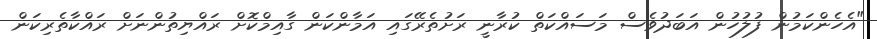
"އެހެންކަމުން ފުލުހުން އަބަދުވެސް މަސައްކަތް ކުރާނީ ރަށުތެރޭގައި އަމާންކަން ގާއިމްކޮށް ރައްޔިތުންނަށް ރައްކާތެރިކަން